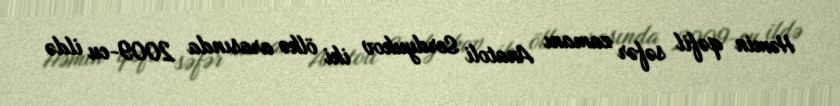
Həmin qəfil səfər zamanı Anatoli Serdyukov iki ölkə arasında 2009-cu ildə